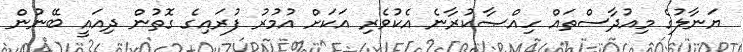
ޔަނާލުގެ މިއުދާސްތައް ހިއްޞާކުރާނެ އެކުވެރި އަކަށް އުމުރު ފުރައިގެ ގޮތުން ދިއައީ ބޭނުން